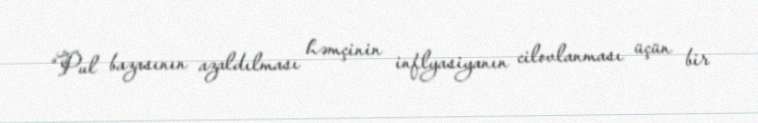
“Pul bazasının azaldılması həmçinin inflyasiyanın cilovlanması üçün bir